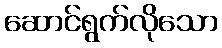
ဆောင်ရွက်လိုသော